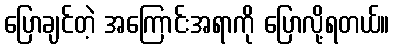
ပြောချင်တဲ့ အကြောင်းအရာကို ပြောလို့ရတယ်။